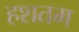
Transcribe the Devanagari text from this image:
हशतम